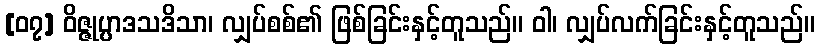
[၀၇] ဝိဇ္ဇုပ္ပာဒသဒိသာ၊ လျှပ်စစ်၏ ဖြစ်ခြင်းနှင့်တူသည်။ ဝါ၊ လျှပ်လက်ခြင်းနှင့်တူသည်။